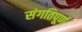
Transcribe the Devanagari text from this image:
संगतिपूर्ण